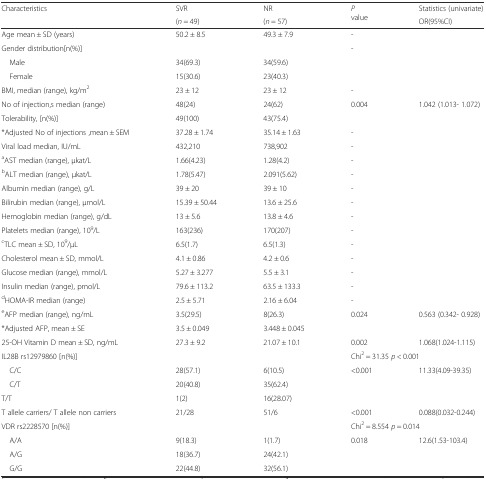
<table><thead><tr><td rowspan="2"><b>Characteristics</b></td><td><b>SVR</b></td><td><b>NR</b></td><td rowspan="2"><b><i>P</i> value</b></td><td><b>Statistics (univariate)</b></td></tr><tr><td><b>(<i>n</i> = 49)</b></td><td><b>(<i>n</i> = 57)</b></td><td><b>OR(95%CI)</b></td></tr></thead><tbody><tr><td>Age mean ± SD (years)</td><td>50.2 ± 8.5</td><td>49.3 ± 7.9</td><td>-</td><td></td></tr><tr><td>Gender distribution[n(%)]</td><td></td><td></td><td>-</td><td></td></tr><tr><td> Male</td><td>34(69.3)</td><td>34(59.6)</td><td></td><td></td></tr><tr><td> Female</td><td>15(30.6)</td><td>23(40.3)</td><td></td><td></td></tr><tr><td>BMI, median (range), kg/m<sup>2</sup></td><td>23 ± 12</td><td>23 ± 12</td><td>-</td><td></td></tr><tr><td>No of injection,s median (range)</td><td>48(24)</td><td>24(62)</td><td rowspan="2">0.004</td><td rowspan="2">1.042 (1.013- 1.072)</td></tr><tr><td>Tolerability, [n(%)]</td><td>49(100)</td><td>43(75.4)</td></tr><tr><td>*Adjusted No of injections ,mean ± SEM</td><td>37.28 ± 1.74</td><td>35.14 ± 1.63</td><td>-</td><td></td></tr><tr><td>Viral load median, IU/mL</td><td>432,210</td><td>738,902</td><td>-</td><td></td></tr><tr><td><sup>a</sup>AST median (range), μkat/L</td><td>1.66(4.23)</td><td>1.28(4.2)</td><td>-</td><td></td></tr><tr><td><sup>b</sup>ALT median (range), μkat/L</td><td>1.78(5.47)</td><td>2.091(5.62)</td><td>-</td><td></td></tr><tr><td>Albumin median (range), g/L</td><td>39 ± 20</td><td>39 ± 10</td><td>-</td><td></td></tr><tr><td>Bilirubin median (range), μmol/L</td><td>15.39 ± 50.44</td><td>13.6 ± 25.6</td><td>-</td><td></td></tr><tr><td>Hemoglobin median (range), g/dL</td><td>13 ± 5.6</td><td>13.8 ± 4.6</td><td>-</td><td></td></tr><tr><td>Platelets median (range), 10<sup>9</sup>/L</td><td>163(236)</td><td>170(207)</td><td>-</td><td></td></tr><tr><td><sup>c</sup>TLC mean ± SD, 10<sup>9</sup>/μL</td><td>6.5(1.7)</td><td>6.5(1.3)</td><td>-</td><td></td></tr><tr><td>Cholesterol mean ± SD, mmol/L</td><td>4.1 ± 0.86</td><td>4.2 ± 0.6</td><td>-</td><td></td></tr><tr><td>Glucose median (range), mmol/L</td><td>5.27 ± 3.277</td><td>5.5 ± 3.1</td><td>-</td><td></td></tr><tr><td>Insulin median (range), pmol/L</td><td>79.6 ± 113.2</td><td>63.5 ± 133.3</td><td>-</td><td></td></tr><tr><td><sup>d</sup>HOMA-IR median (range)</td><td>2.5 ± 5.71</td><td>2.16 ± 6.04</td><td>-</td><td></td></tr><tr><td><sup>e</sup>AFP median (range), ng/mL</td><td>3.5(29.5)</td><td>8(26.3)</td><td>0.024</td><td>0.563 (0.342- 0.928)</td></tr><tr><td>*Adjusted AFP, mean ± SE</td><td>3.5 ± 0.049</td><td>3.448 ± 0.045</td><td></td><td></td></tr><tr><td>25-OH Vitamin D mean ± SD, ng/mL</td><td>27.3 ± 9.2</td><td>21.07 ± 10.1</td><td>0.002</td><td>1.068(1.024-1.115)</td></tr><tr><td>IL28B rs12979860 [n(%)]</td><td></td><td></td><td colspan="2">Chi<sup>2</sup> = 31.35 <i>p</i> &lt; 0.001</td></tr><tr><td> C/C</td><td>28(57.1)</td><td>6(10.5)</td><td>&lt;0.001</td><td>11.33(4.09-39.35)</td></tr><tr><td> C/T</td><td>20(40.8)</td><td>35(62.4)</td><td></td><td></td></tr><tr><td>T/T</td><td>1(2)</td><td>16(28.07)</td><td></td><td></td></tr><tr><td>T allele carriers/ T allele non carriers</td><td>21/28</td><td>51/6</td><td>&lt;0.001</td><td>0.088(0.032-0.244)</td></tr><tr><td>VDR rs2228570 [n(%)]</td><td></td><td></td><td colspan="2">Chi<sup>2</sup> = 8.554 <i>p</i> = 0.014</td></tr><tr><td> A/A</td><td>9(18.3)</td><td>1(1.7)</td><td>0.018</td><td>12.6(1.53-103.4)</td></tr><tr><td> A/G</td><td>18(36.7)</td><td>24(42.1)</td><td></td><td></td></tr><tr><td> G/G</td><td>22(44.8)</td><td>32(56.1)</td><td></td><td></td></tr></tbody></table>